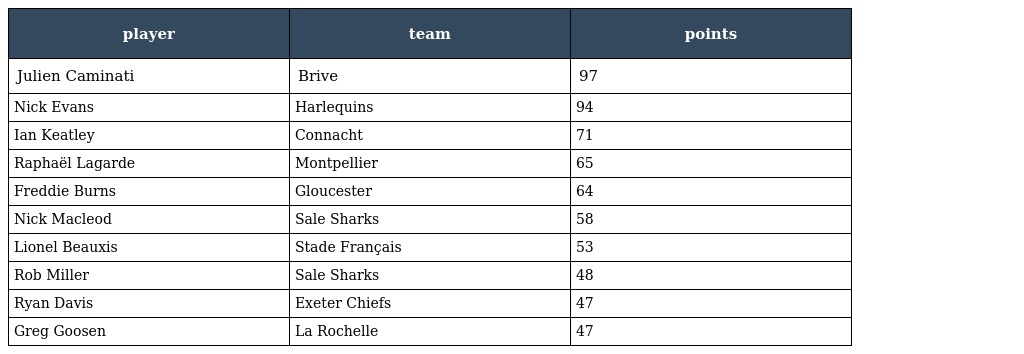
| player | team | points |
 | --- | --- | --- |
 | Julien Caminati | Brive | 97 |
 | Nick Evans | Harlequins | 94 |
 | Ian Keatley | Connacht | 71 |
 | Raphaël Lagarde | Montpellier | 65 |
 | Freddie Burns | Gloucester | 64 |
 | Nick Macleod | Sale Sharks | 58 |
 | Lionel Beauxis | Stade Français | 53 |
 | Rob Miller | Sale Sharks | 48 |
 | Ryan Davis | Exeter Chiefs | 47 |
 | Greg Goosen | La Rochelle | 47 |